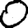
Digit: 0